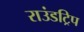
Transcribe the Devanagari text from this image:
राउंडट्रिप